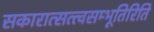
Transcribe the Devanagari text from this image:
सकारात्सत्त्वसम्भूतिरिति